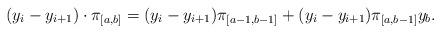
LaTeX: \begin{align*} (y_i-y_{i+1}) \cdot \pi_{[a,b]} &= (y_i-y_{i+1}) \pi_{[a-1,b-1]} + (y_i-y_{i+1}) \pi_{[a,b-1]} y_b.\end{align*}